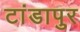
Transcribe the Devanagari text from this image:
टांडापुर